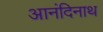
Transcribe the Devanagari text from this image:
आनंदिनाथ